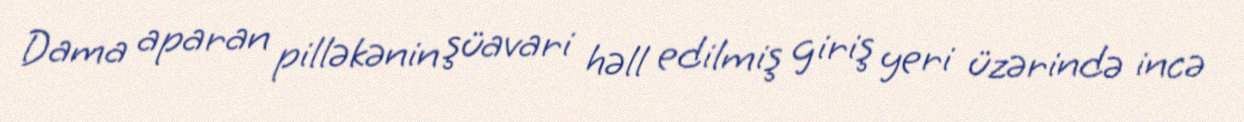
Dama aparan pilləkənin şüavari həll edilmiş giriş yeri üzərində incə